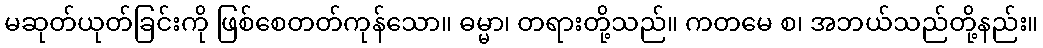
မဆုတ်ယုတ်ခြင်းကို ဖြစ်စေတတ်ကုန်သော။ ဓမ္မာ၊ တရားတို့သည်။ ကတမေ စ၊ အဘယ်သည်တို့နည်း။